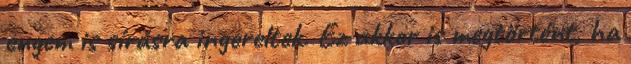
engem is sírásra ingereltek. Ez akkor is megtörtént, ha